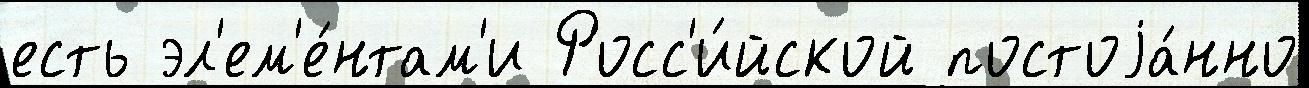
есть эл'ем'е́нтам'и Росс'и́йской постоjа́нно